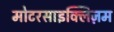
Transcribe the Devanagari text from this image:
मोटरसाइक्लिज़म